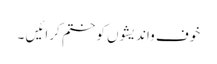
خوف واندیشوں کو ختم کرائیں ۔